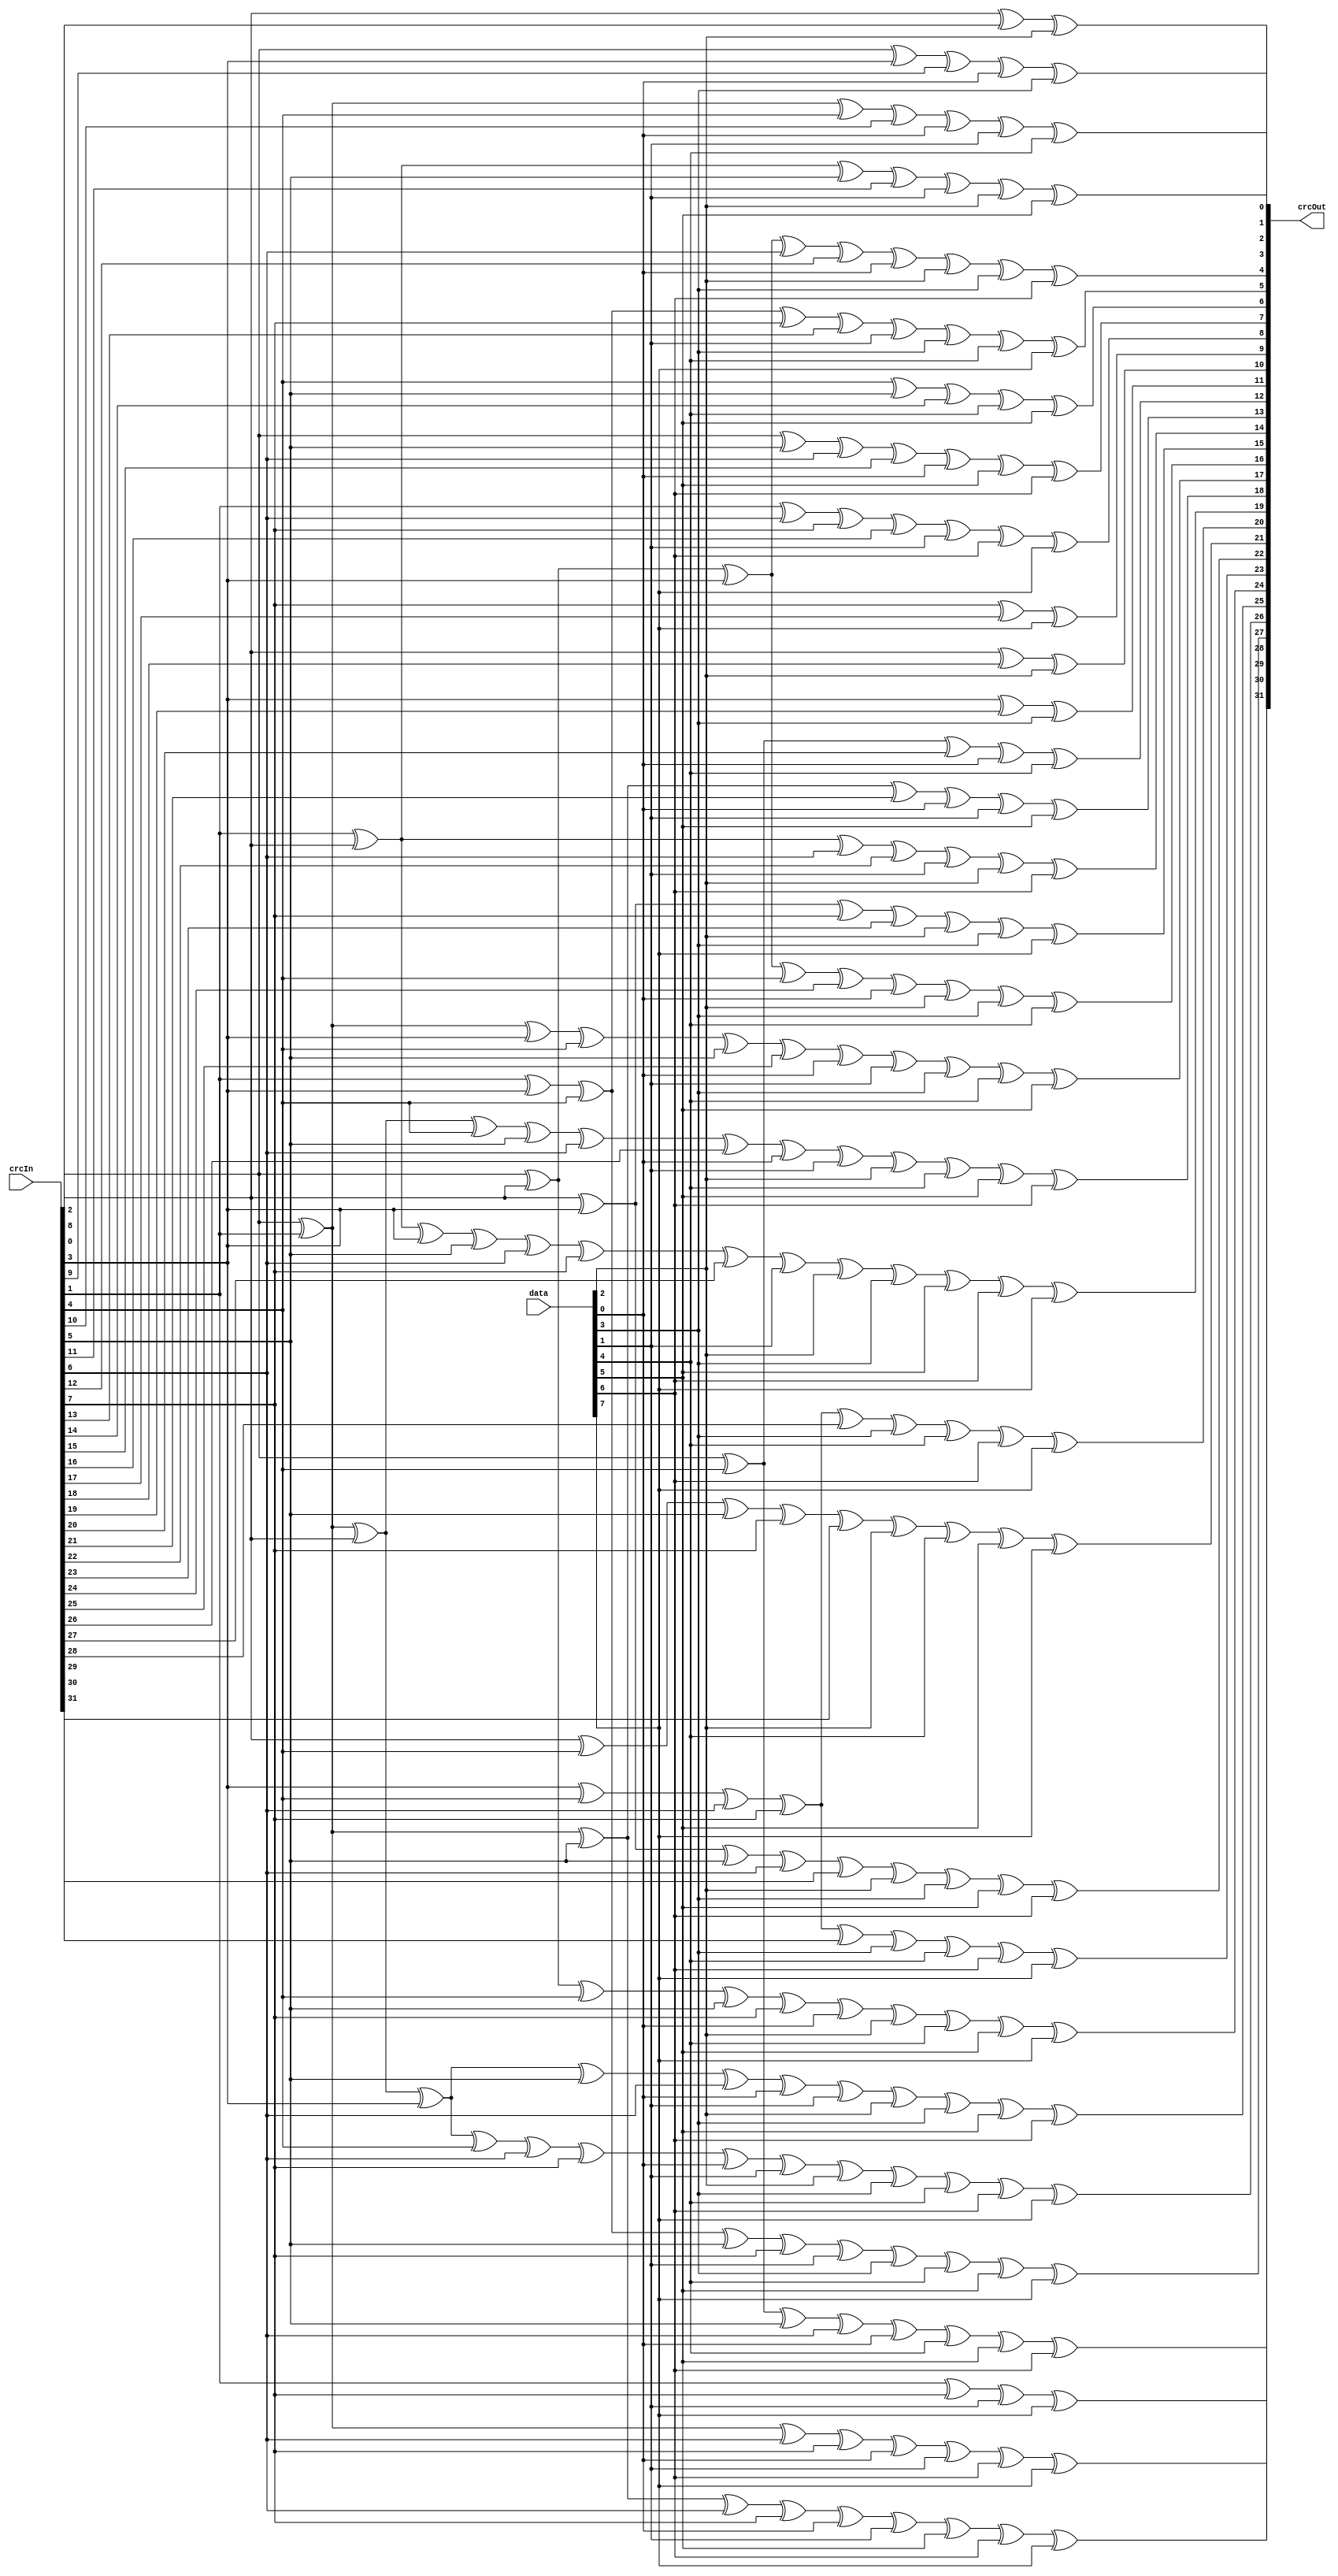
`default_nettype none

// https://bues.ch/h/crcgen

module crc32 (
  input wire [31:0] crcIn,
  input wire [7:0] data,
  output wire [31:0] crcOut
);
  assign crcOut[0] = (crcIn[2] ^ crcIn[8] ^ data[2]);
  assign crcOut[1] = (crcIn[0] ^ crcIn[3] ^ crcIn[9] ^ data[0] ^ data[3]);
  assign crcOut[2] = (crcIn[0] ^ crcIn[1] ^ crcIn[4] ^ crcIn[10] ^ data[0] ^ data[1] ^ data[4]);
  assign crcOut[3] = (crcIn[1] ^ crcIn[2] ^ crcIn[5] ^ crcIn[11] ^ data[1] ^ data[2] ^ data[5]);
  assign crcOut[4] = (crcIn[0] ^ crcIn[2] ^ crcIn[3] ^ crcIn[6] ^ crcIn[12] ^ data[0] ^ data[2] ^ data[3] ^ data[6]);
  assign crcOut[5] = (crcIn[1] ^ crcIn[3] ^ crcIn[4] ^ crcIn[7] ^ crcIn[13] ^ data[1] ^ data[3] ^ data[4] ^ data[7]);
  assign crcOut[6] = (crcIn[4] ^ crcIn[5] ^ crcIn[14] ^ data[4] ^ data[5]);
  assign crcOut[7] = (crcIn[0] ^ crcIn[5] ^ crcIn[6] ^ crcIn[15] ^ data[0] ^ data[5] ^ data[6]);
  assign crcOut[8] = (crcIn[1] ^ crcIn[6] ^ crcIn[7] ^ crcIn[16] ^ data[1] ^ data[6] ^ data[7]);
  assign crcOut[9] = (crcIn[7] ^ crcIn[17] ^ data[7]);
  assign crcOut[10] = (crcIn[2] ^ crcIn[18] ^ data[2]);
  assign crcOut[11] = (crcIn[3] ^ crcIn[19] ^ data[3]);
  assign crcOut[12] = (crcIn[0] ^ crcIn[4] ^ crcIn[20] ^ data[0] ^ data[4]);
  assign crcOut[13] = (crcIn[0] ^ crcIn[1] ^ crcIn[5] ^ crcIn[21] ^ data[0] ^ data[1] ^ data[5]);
  assign crcOut[14] = (crcIn[1] ^ crcIn[2] ^ crcIn[6] ^ crcIn[22] ^ data[1] ^ data[2] ^ data[6]);
  assign crcOut[15] = (crcIn[2] ^ crcIn[3] ^ crcIn[7] ^ crcIn[23] ^ data[2] ^ data[3] ^ data[7]);
  assign crcOut[16] = (crcIn[0] ^ crcIn[2] ^ crcIn[3] ^ crcIn[4] ^ crcIn[24] ^ data[0] ^ data[2] ^ data[3] ^ data[4]);
  assign crcOut[17] = (crcIn[0] ^ crcIn[1] ^ crcIn[3] ^ crcIn[4] ^ crcIn[5] ^ crcIn[25] ^ data[0] ^ data[1] ^ data[3] ^ data[4] ^ data[5]);
  assign crcOut[18] = (crcIn[0] ^ crcIn[1] ^ crcIn[2] ^ crcIn[4] ^ crcIn[5] ^ crcIn[6] ^ crcIn[26] ^ data[0] ^ data[1] ^ data[2] ^ data[4] ^ data[5] ^ data[6]);
  assign crcOut[19] = (crcIn[1] ^ crcIn[2] ^ crcIn[3] ^ crcIn[5] ^ crcIn[6] ^ crcIn[7] ^ crcIn[27] ^ data[1] ^ data[2] ^ data[3] ^ data[5] ^ data[6] ^ data[7]);
  assign crcOut[20] = (crcIn[3] ^ crcIn[4] ^ crcIn[6] ^ crcIn[7] ^ crcIn[28] ^ data[3] ^ data[4] ^ data[6] ^ data[7]);
  assign crcOut[21] = (crcIn[2] ^ crcIn[4] ^ crcIn[5] ^ crcIn[7] ^ crcIn[29] ^ data[2] ^ data[4] ^ data[5] ^ data[7]);
  assign crcOut[22] = (crcIn[2] ^ crcIn[3] ^ crcIn[5] ^ crcIn[6] ^ crcIn[30] ^ data[2] ^ data[3] ^ data[5] ^ data[6]);
  assign crcOut[23] = (crcIn[3] ^ crcIn[4] ^ crcIn[6] ^ crcIn[7] ^ crcIn[31] ^ data[3] ^ data[4] ^ data[6] ^ data[7]);
  assign crcOut[24] = (crcIn[0] ^ crcIn[2] ^ crcIn[4] ^ crcIn[5] ^ crcIn[7] ^ data[0] ^ data[2] ^ data[4] ^ data[5] ^ data[7]);
  assign crcOut[25] = (crcIn[0] ^ crcIn[1] ^ crcIn[2] ^ crcIn[3] ^ crcIn[5] ^ crcIn[6] ^ data[0] ^ data[1] ^ data[2] ^ data[3] ^ data[5] ^ data[6]);
  assign crcOut[26] = (crcIn[0] ^ crcIn[1] ^ crcIn[2] ^ crcIn[3] ^ crcIn[4] ^ crcIn[6] ^ crcIn[7] ^ data[0] ^ data[1] ^ data[2] ^ data[3] ^ data[4] ^ data[6] ^ data[7]);
  assign crcOut[27] = (crcIn[1] ^ crcIn[3] ^ crcIn[4] ^ crcIn[5] ^ crcIn[7] ^ data[1] ^ data[3] ^ data[4] ^ data[5] ^ data[7]);
  assign crcOut[28] = (crcIn[0] ^ crcIn[4] ^ crcIn[5] ^ crcIn[6] ^ data[0] ^ data[4] ^ data[5] ^ data[6]);
  assign crcOut[29] = (crcIn[0] ^ crcIn[1] ^ crcIn[5] ^ crcIn[6] ^ crcIn[7] ^ data[0] ^ data[1] ^ data[5] ^ data[6] ^ data[7]);
  assign crcOut[30] = (crcIn[0] ^ crcIn[1] ^ crcIn[6] ^ crcIn[7] ^ data[0] ^ data[1] ^ data[6] ^ data[7]);
  assign crcOut[31] = (crcIn[1] ^ crcIn[7] ^ data[1] ^ data[7]);
endmodule
`default_nettype wire